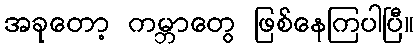
အခုတော့ ကမ္ဘာတွေ ဖြစ်နေကြပါပြီ။